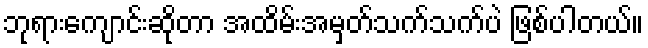
ဘုရားကျောင်းဆိုတာ အထိမ်းအမှတ်သက်သက်ပဲ ဖြစ်ပါတယ်။